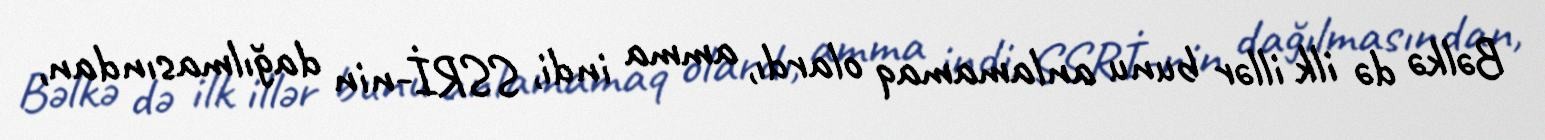
Bəlkə də ilk illər bunu anlamamaq olardı, amma indi, SSRİ-nin dağılmasından,